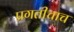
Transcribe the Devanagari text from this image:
प्रगतीचाच